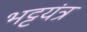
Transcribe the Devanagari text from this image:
भट्टयंत्र